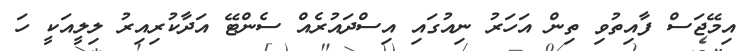
އިމޭޖަސް ފާއިތުވި ތިން އަހަރު ނިއުގައި އިސްދައުރެެއް ސެންޓޭ އަދާކުރިއިރު ލިލީއަކީ ހަ